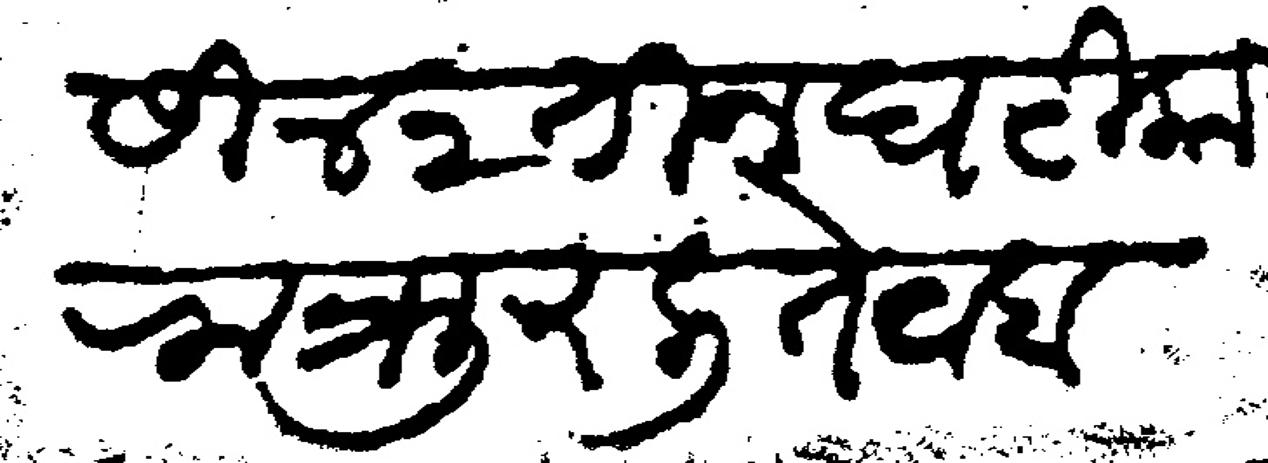
Transliteration (Devanagari): सी ४२ तीन घटिका रात्र उरली तेव्हां